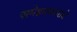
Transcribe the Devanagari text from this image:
परमेश्वरावताराचे